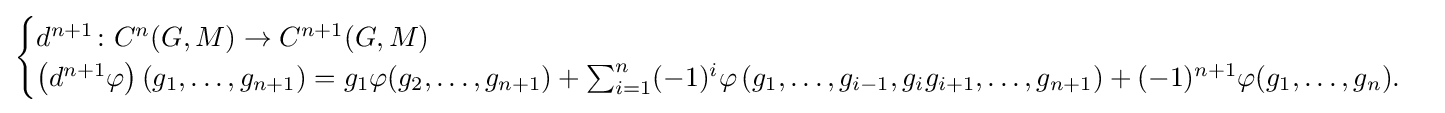
{\begin{cases}d^{n+1}\colon C^{n}(G,M)\to C^{n+1}(G,M)\\\left(d^{n+1}\varphi \right)(g_{1},\ldots ,g_{n+1})=g_{1}\varphi (g_{2},\dots ,g_{n+1})+\sum _{i=1}^{n}(-1)^{i}\varphi \left(g_{1},\ldots ,g_{i-1},g_{i}g_{i+1},\ldots ,g_{n+1}\right)+(-1)^{n+1}\varphi (g_{1},\ldots ,g_{n}).\end{cases}}